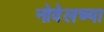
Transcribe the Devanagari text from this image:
नोवेलच्या